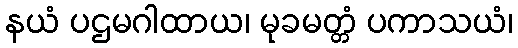
နယံ ပဌမဂါထာယ၊ မုခမတ္တံ ပကာသယံ၊